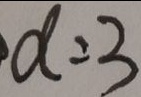
d : 3